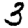
Digit: 3